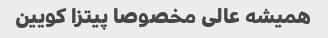
همیشه عالی مخصوصا پیتزا کویین